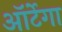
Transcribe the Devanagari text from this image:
ऑर्टेगा